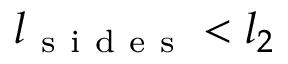
l _ { \mathrm { ~ s ~ i ~ d ~ e ~ s ~ } } < l _ { 2 }